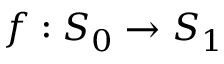
f : S _ { 0 } \to S _ { 1 }